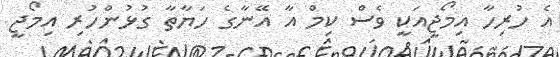
އެ ހުރިހާ އިމޯޖީއަކީ ވެސް ކިމް އާ އޭނާގެ ހަޔާތާ ގުޅުންހުރި އިމޯޖީ